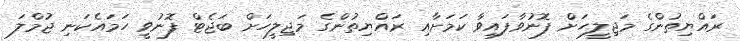
ރައްޔިތުންގެ މަޖިލީހަށް ފޮނުވާފައިވާ ކަމަށާއި ރައްޔިތުންގެ މަޖިލީހަށް ބަޖެޓް ފޮނުވީ ހަމައެކަނި ޖުމްލަ